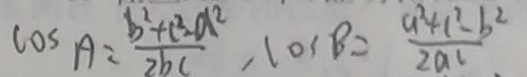
\cos A = \frac { b ^ { 2 } + c ^ { 2 } - a ^ { 2 } } { 2 b c } , \cos B = \frac { a ^ { 2 } + c ^ { 2 } - b ^ { 2 } } { 2 a c }